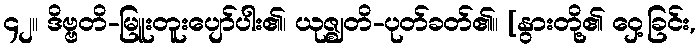
၄၂။ ဒိဗ္ဗတိ-မြူးတူးပျော်ပါး၏၊ ယုဇ္ဈတိ-ပုတ်ခတ်၏။ [နွားတို့၏ ဝှေ့ခြင်း,